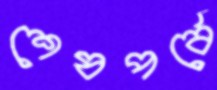
শেষপর্বে